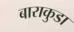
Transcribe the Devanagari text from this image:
बाराकुडा